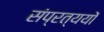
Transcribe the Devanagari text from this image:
संप्रत्ययों